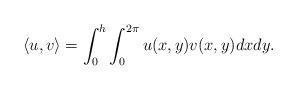
LaTeX: \begin{align*} \langle u, v \rangle =\int_0^h \int_0^{2\pi} u(x,y) v(x,y) dx dy.\end{align*}